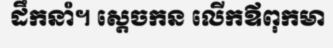
ដឹកនាំ។ ស្តេចកន លើកឪពុកមា